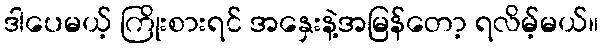
ဒါပေမယ့် ကြိုးစားရင် အနှေးနဲ့အမြန်တော့ ရလိမ့်မယ်။